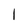
Character: I